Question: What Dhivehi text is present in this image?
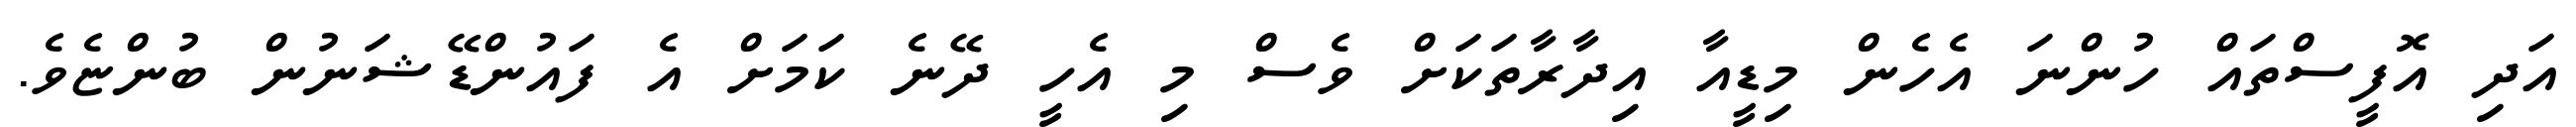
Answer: އަދި އޮފީސްތައް ހުންނަ އެހެން މިޑީއާ އިދާރާތަކަށް ވެސް މި އެހީ ދޭނެ ކަމަށް އެ ފައުންޑޭޝަނުން ބުންޏެވެ.